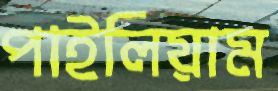
পাইলিয়াম